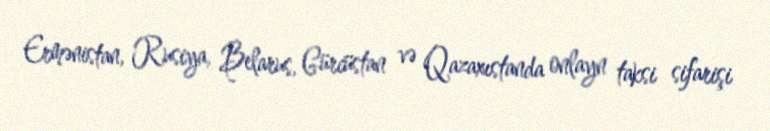
Ermənistan, Rusiya, Belarus, Gürcüstan və Qazaxıstanda onlayn taksi sifarişi